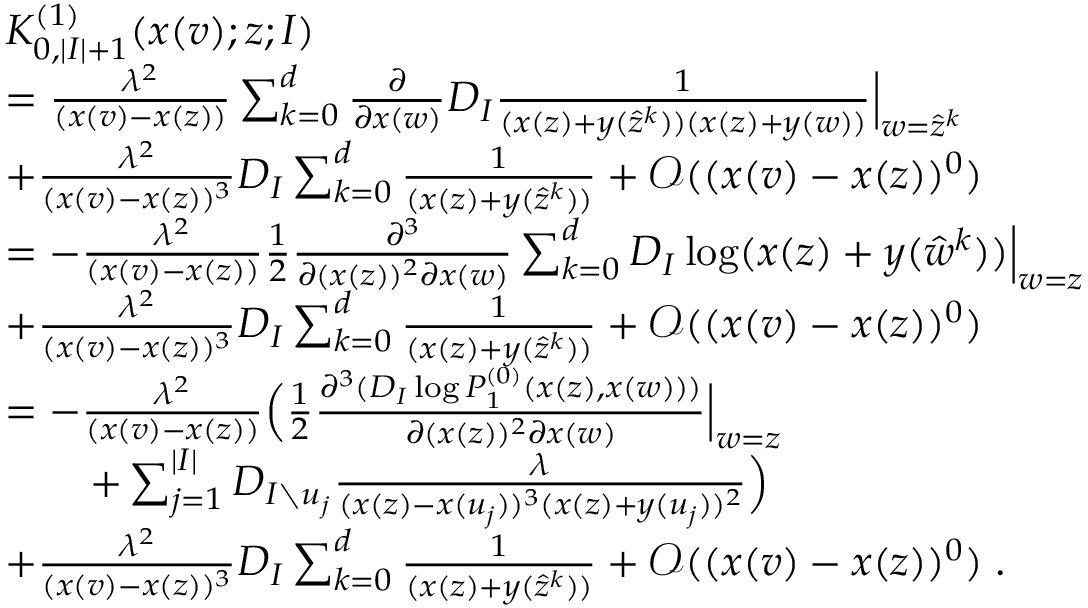
\begin{array} { r l } & { K _ { 0 , | I | + 1 } ^ { ( 1 ) } ( x ( v ) ; z ; I ) } \\ & { = \frac { \lambda ^ { 2 } } { ( x ( v ) - x ( z ) ) } \sum _ { k = 0 } ^ { d } \frac { \partial } { \partial x ( w ) } D _ { I } \frac { 1 } { ( x ( z ) + y ( \hat { z } ^ { k } ) ) ( x ( z ) + y ( w ) ) } \Big | _ { w = \hat { z } ^ { k } } } \\ & { + \frac { \lambda ^ { 2 } } { ( x ( v ) - x ( z ) ) ^ { 3 } } D _ { I } \sum _ { k = 0 } ^ { d } \frac { 1 } { ( x ( z ) + y ( \hat { z } ^ { k } ) ) } + \mathcal { O } ( ( x ( v ) - x ( z ) ) ^ { 0 } ) } \\ & { = - \frac { \lambda ^ { 2 } } { ( x ( v ) - x ( z ) ) } \frac { 1 } { 2 } \frac { \partial ^ { 3 } } { \partial ( x ( z ) ) ^ { 2 } \partial x ( w ) } \sum _ { k = 0 } ^ { d } D _ { I } \log ( x ( z ) + y ( \hat { w } ^ { k } ) ) \Big | _ { w = z } } \\ & { + \frac { \lambda ^ { 2 } } { ( x ( v ) - x ( z ) ) ^ { 3 } } D _ { I } \sum _ { k = 0 } ^ { d } \frac { 1 } { ( x ( z ) + y ( \hat { z } ^ { k } ) ) } + \mathcal { O } ( ( x ( v ) - x ( z ) ) ^ { 0 } ) } \\ & { = - \frac { \lambda ^ { 2 } } { ( x ( v ) - x ( z ) ) } \Big ( \frac { 1 } { 2 } \frac { \partial ^ { 3 } ( D _ { I } \log P _ { 1 } ^ { ( 0 ) } ( x ( z ) , x ( w ) ) ) } { \partial ( x ( z ) ) ^ { 2 } \partial x ( w ) } \Big | _ { w = z } } \\ & { \qquad + \sum _ { j = 1 } ^ { | I | } D _ { I \setminus u _ { j } } \frac { \lambda } { ( x ( z ) - x ( u _ { j } ) ) ^ { 3 } ( x ( z ) + y ( u _ { j } ) ) ^ { 2 } } \Big ) } \\ & { + \frac { \lambda ^ { 2 } } { ( x ( v ) - x ( z ) ) ^ { 3 } } D _ { I } \sum _ { k = 0 } ^ { d } \frac { 1 } { ( x ( z ) + y ( \hat { z } ^ { k } ) ) } + \mathcal { O } ( ( x ( v ) - x ( z ) ) ^ { 0 } ) \; . } \end{array}